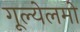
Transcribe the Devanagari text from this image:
गूल्येलमो